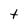
Character: t